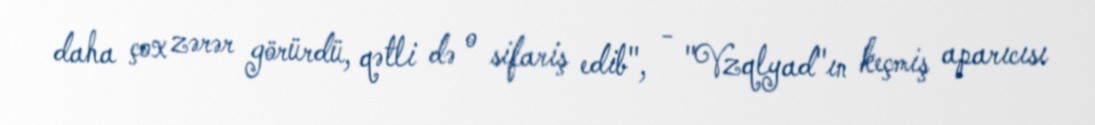
daha çox zərər görürdü, qətli də o sifariş edib", - "Vzqlyad"ın keçmiş aparıcısı